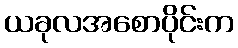
ယခုလအစောပိုင်းက